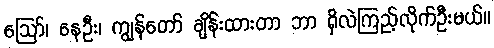
ဪ၊ နေဦး၊ ကျွန်တော် ချိန်းထားတာ ဘာ ရှိလဲကြည့်လိုက်ဦးမယ်။